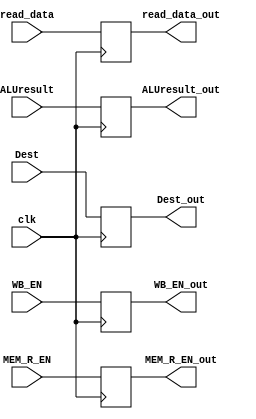
module MEM_WB_Register(clk,WB_EN,MEM_R_EN,read_data,ALUresult,Dest,WB_EN_out,MEM_R_EN_out,read_data_out,ALUresult_out,Dest_out);
input WB_EN,MEM_R_EN,clk;
input [31:0] read_data,ALUresult;
input [4:0] Dest;
output reg WB_EN_out,MEM_R_EN_out;
output reg[31:0] read_data_out,ALUresult_out;
output reg [4:0] Dest_out;

always @ (posedge clk)
begin

WB_EN_out <= WB_EN;
MEM_R_EN_out <= MEM_R_EN;
read_data_out <= read_data;
ALUresult_out<= ALUresult;
Dest_out <= Dest;
end

endmodule